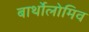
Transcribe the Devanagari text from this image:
बार्थोलोमिव